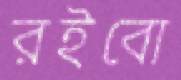
রইবো